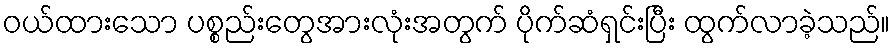
ဝယ်ထားသော ပစ္စည်းတွေအားလုံးအတွက် ပိုက်ဆံရှင်းပြီး ထွက်လာခဲ့သည်။